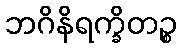
ဘဂိနိရက္ခိတဉ္စ